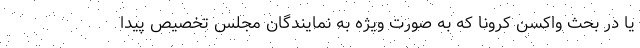
یا در بحث واکسن کرونا که به صورت ویژه به نمایندگان مجلس تخصیص پیدا